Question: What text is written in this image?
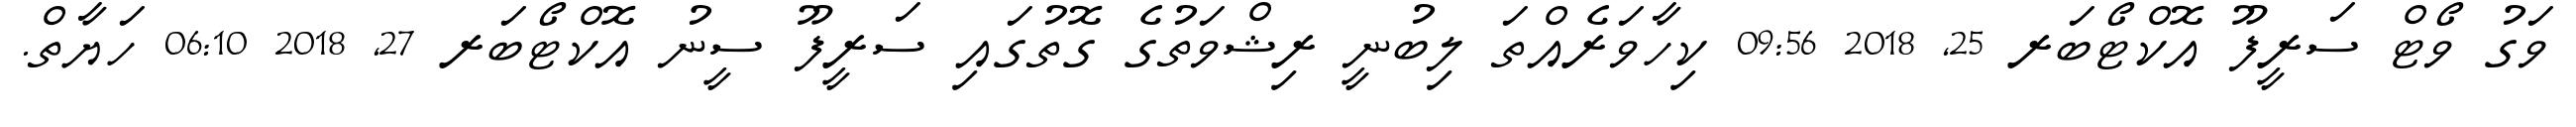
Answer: ވަގު ވޯޓް ސަރީފޫ އޮކްޓޯބަރ 25, 2018 09:56 ކިހާވަރެއްތަ ލިބުނީ ރިޝްވަތުގެ ގޮތުގައި ސަރީފޫ ސީނު އޮކްޓޯބަރ 27, 2018 06:10 ހަޔާތް.